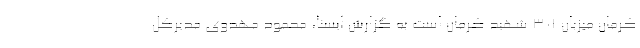
کرمان میزبان ۳۰۱ شهید کرمان است به گزارش ایسنا، محمود مهدوی مدیرکل